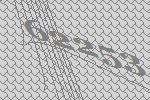
62253